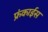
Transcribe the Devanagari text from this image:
फ्रंकाईस